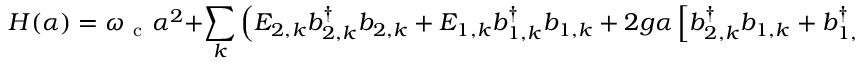
H ( \alpha ) = \omega _ { \mathrm { ~ c ~ } } \alpha ^ { 2 } + \sum _ { k } \left( E _ { 2 , k } b _ { 2 , k } ^ { \dagger } b _ { 2 , k } + E _ { 1 , k } b _ { 1 , k } ^ { \dagger } b _ { 1 , k } + 2 g \alpha \left[ b _ { 2 , k } ^ { \dagger } b _ { 1 , k } + b _ { 1 , k } ^ { \dagger } b _ { 2 , k } \right] \right) .